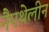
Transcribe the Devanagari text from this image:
नैपथेलीन